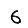
Digit: 6